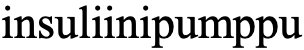
insuliinipumppu